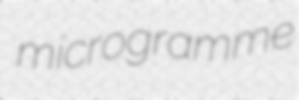
microgramme